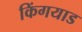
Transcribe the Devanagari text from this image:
किंगयाड